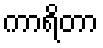
ကာရိတာ